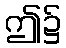
ဤ၌